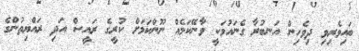
ބައިވެރިވި ދިވެހިން އަނބުރާ ގެނައުމަކީ ވާނޭކަމެއް ނޫންކަމަށް ކުރީގެ ރައީސް އަދި ރައްޔިތުންގެ